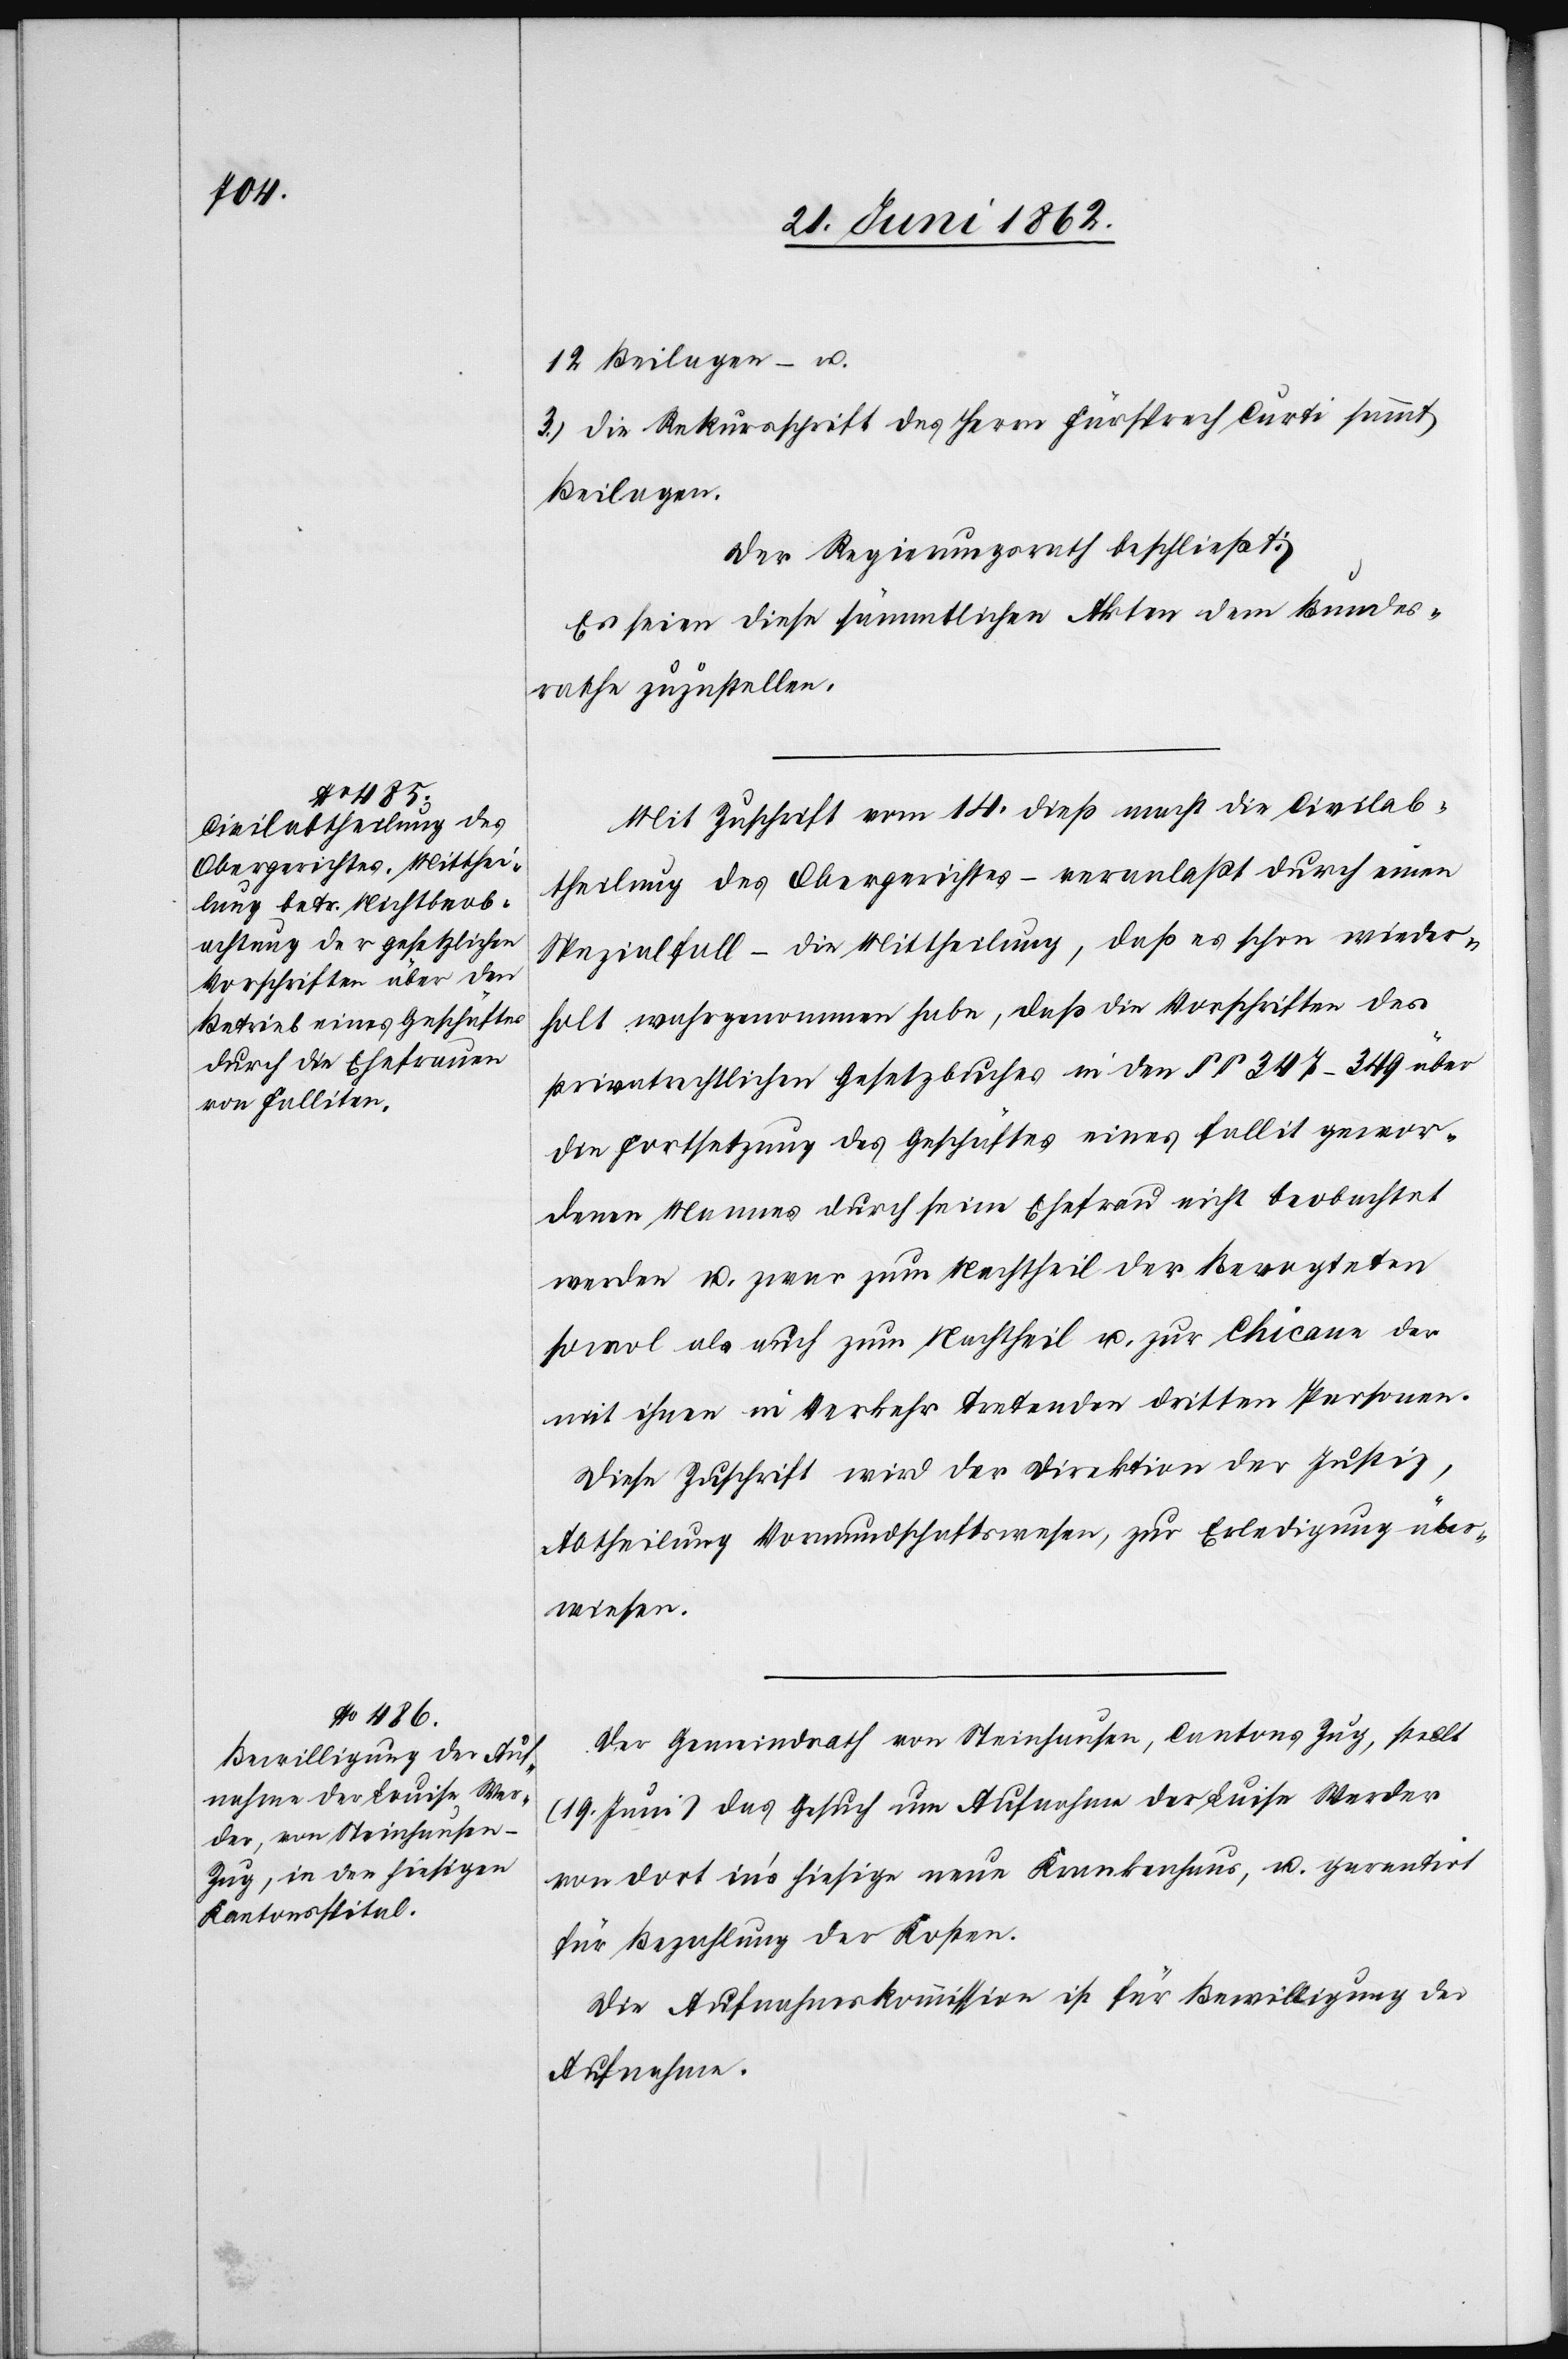
12 Beilagen – u.
3) die Rekursschrift des Herrn Fürsprech Curti sammt
Beilagen.
Der Regierungsrath beschließt:
Es seien diese sämmtlichen Akten dem Bundes¬
rathe zuzustellen.
Mit Zuschrift vom 14. dieß macht die Civilab¬
theilung des Obergerichtes – veranlaßt durch einen
Spezialfall – die Mittheilung, daß es schon wieder¬
holt wahrgenommen habe, daß die Vorschriften des
privatrechtlichen Gesetzbuches in den §§ 347–349 über
die Fortsetzung des Geschäftes eines fallit gewor¬
denen Mannes durch seine Ehefrau nicht beobachtet
werden u. zwar zum Nachtheil der Bevogteten
sowol als auch zum Nachtheil u. zur Chicane der
mit ihnen in Verkehr tretenden dritten Personen.
Diese Zuschrift wird der Direktion der Justiz,
Abtheilung Vormundschaftswesen, zur Erledigung über¬
wiesen.
Der Gemeindrath von Steinhausen, Cantons Zug, stellt
(19. Juni) das Gesuch um Aufnahme der Luise [sic!] Werder
von dort in’s hiesige neue Krankenhaus, u. garantirt
für Bezahlung der Kosten.
Die Aufnahmskommission ist für Bewilligung der
Aufnahme.